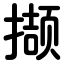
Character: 撷